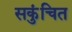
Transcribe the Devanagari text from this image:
सकुंचित